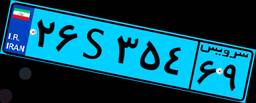
۴۲S۳۲۸۴۲